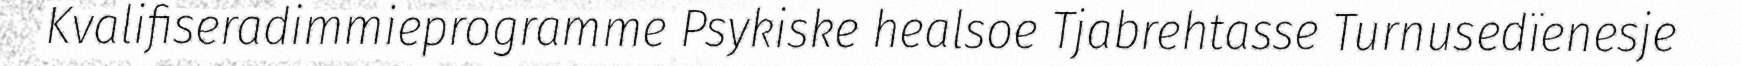
Kvalifiseradimmieprogramme Psykiske healsoe Tjabrehtasse Turnusedïenesje